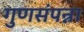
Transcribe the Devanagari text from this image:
गुणसंपन्ना